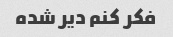
فکر کنم دیر شده